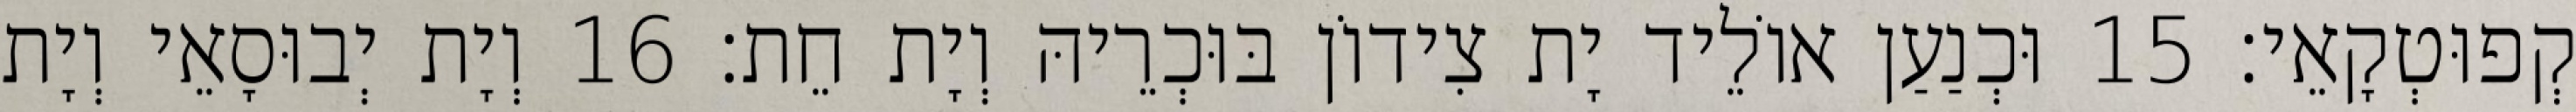
קְפוּטְקָאֵי׃ 15 וּכְנַעַן אוֹלֵיד יָת צִידוֹן בּוּכְרֵיהּ וְיָת חֵת׃ 16 וְיָת יְבוּסָאֵי וְיָת